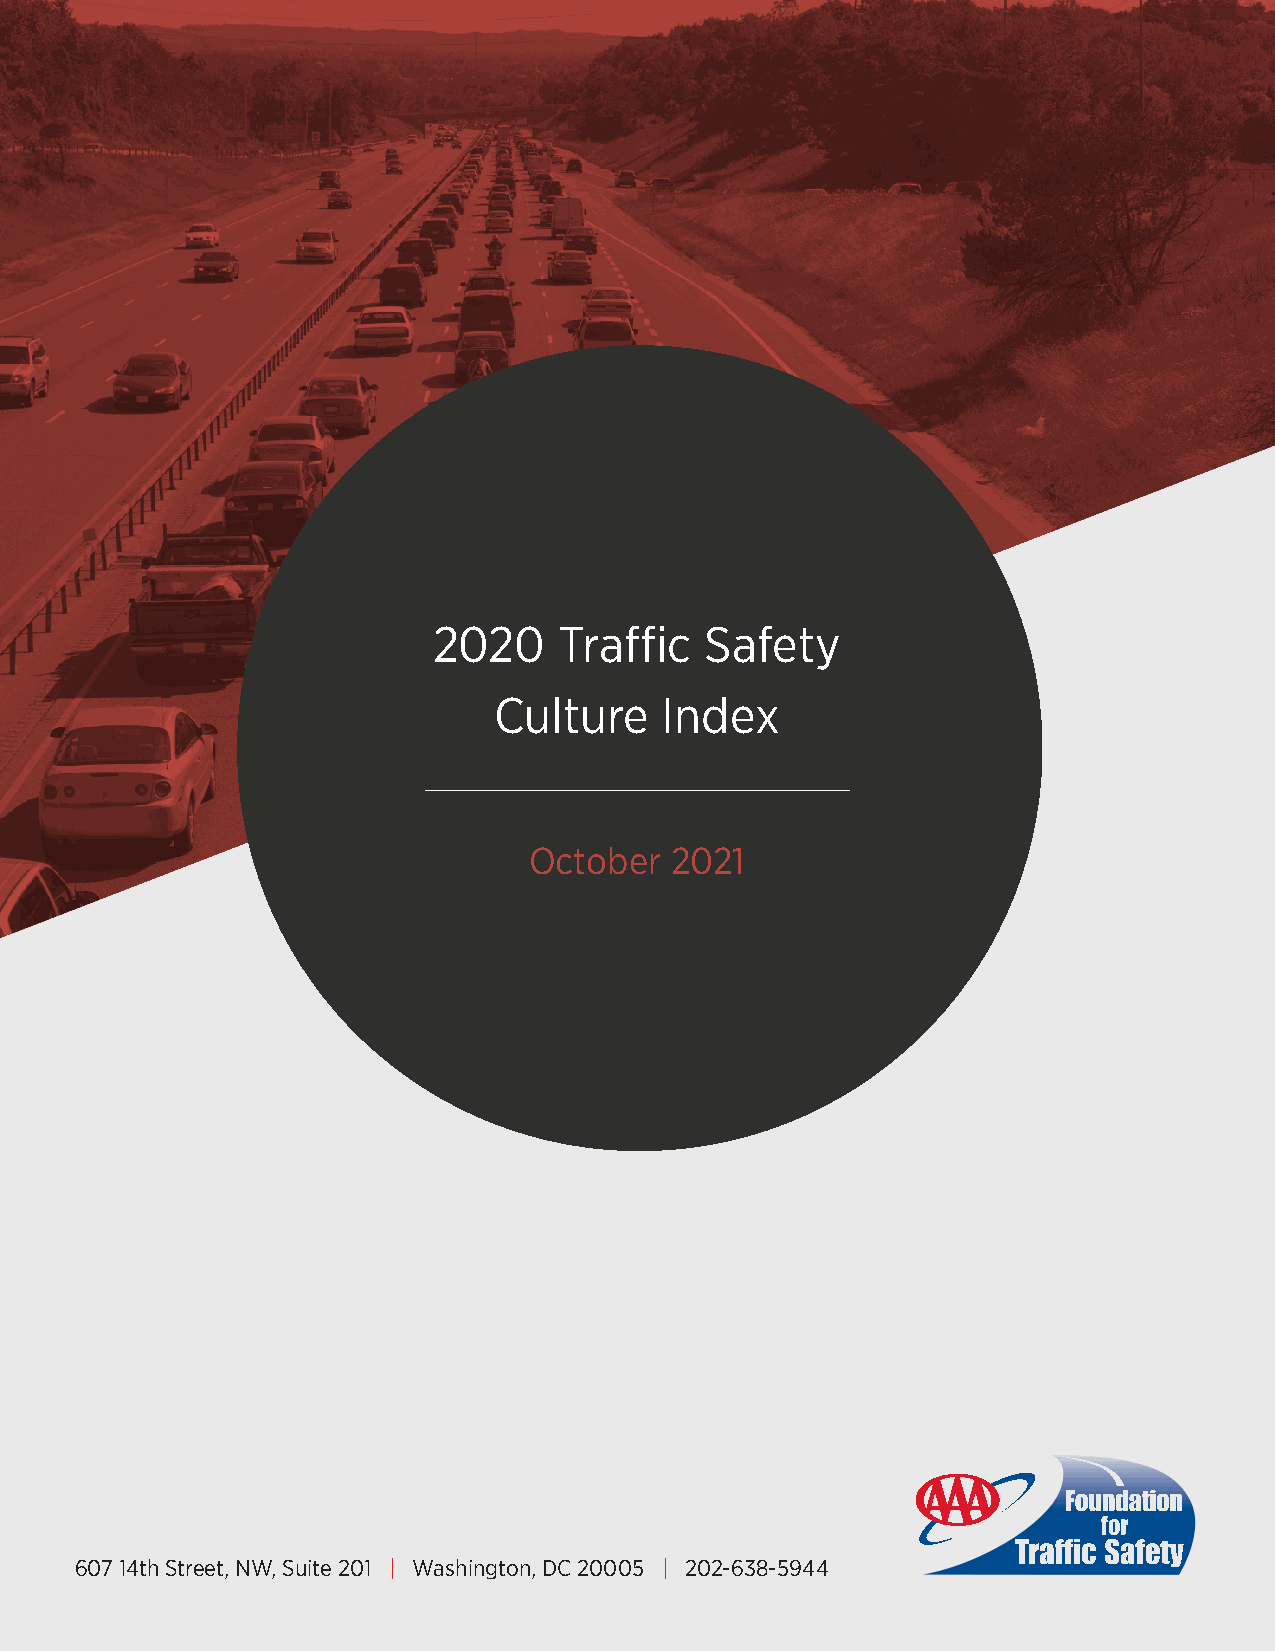
2020    Traffic   Safety
 Culture    Index
 October  2021
 607 14th Street, NW, Suite 201 | Washington, DC 20005 | 202-638-5944